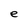
Character: e